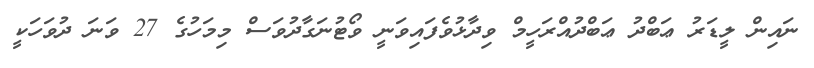
ނައިން ލީޑަރު ޢަބްދު ޢަބްދުއްރަހީމް ވިދާޅުވެފައިވަނީ ވޯޓުނަގާދުވަސް މިމަހުގެ 27 ވަނަ ދުވަހަކީ